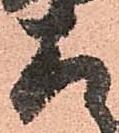
存